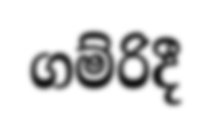
ගම්රිදී